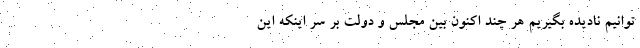
توانیم نادیده بگیریم هر چند اکنون بین مجلس و دولت بر سر اینکه این